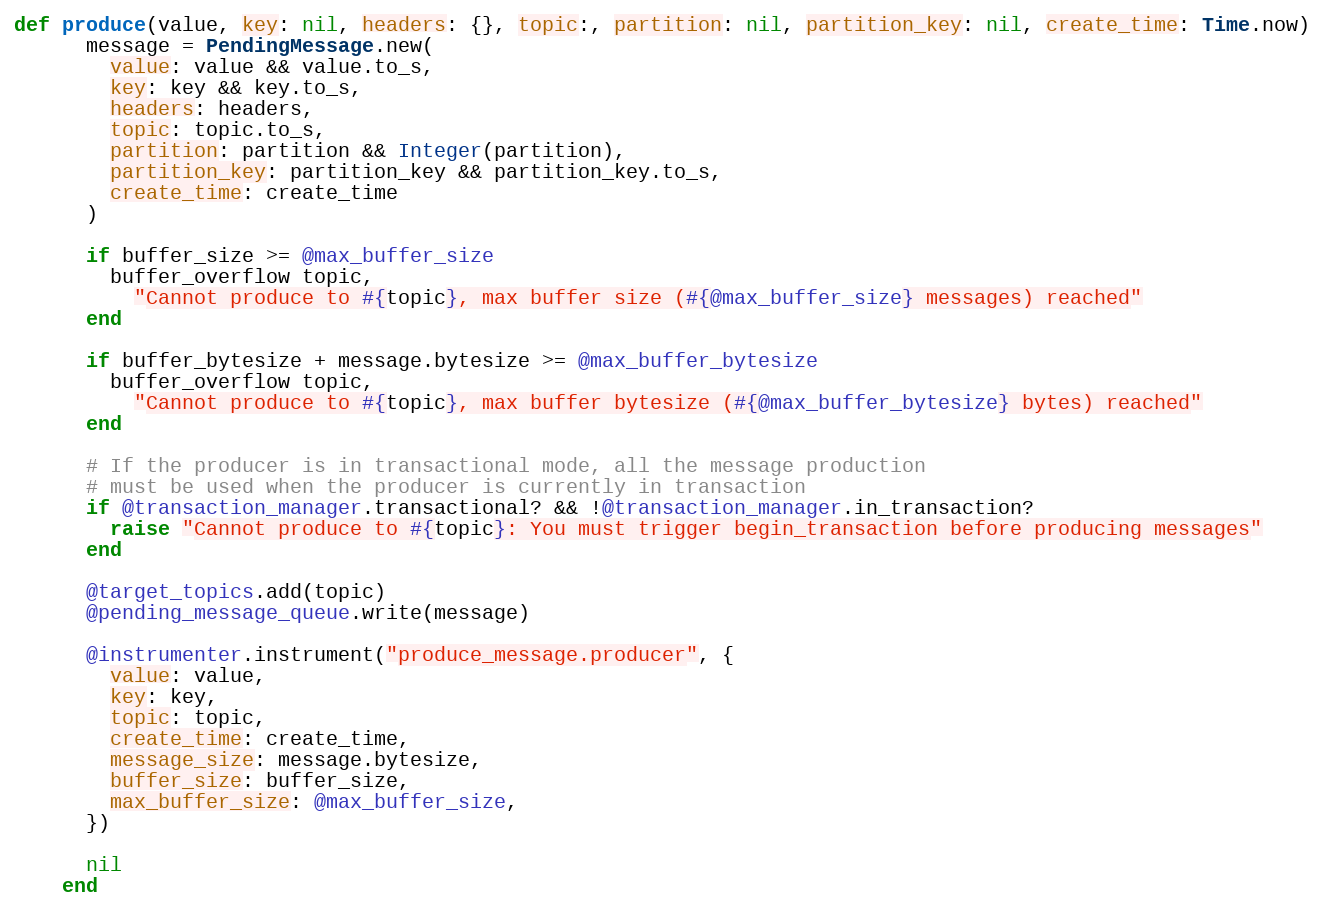
Language: Ruby
def produce(value, key: nil, headers: {}, topic:, partition: nil, partition_key: nil, create_time: Time.now)
      message = PendingMessage.new(
        value: value && value.to_s,
        key: key && key.to_s,
        headers: headers,
        topic: topic.to_s,
        partition: partition && Integer(partition),
        partition_key: partition_key && partition_key.to_s,
        create_time: create_time
      )

      if buffer_size >= @max_buffer_size
        buffer_overflow topic,
          "Cannot produce to #{topic}, max buffer size (#{@max_buffer_size} messages) reached"
      end

      if buffer_bytesize + message.bytesize >= @max_buffer_bytesize
        buffer_overflow topic,
          "Cannot produce to #{topic}, max buffer bytesize (#{@max_buffer_bytesize} bytes) reached"
      end

      # If the producer is in transactional mode, all the message production
      # must be used when the producer is currently in transaction
      if @transaction_manager.transactional? && !@transaction_manager.in_transaction?
        raise "Cannot produce to #{topic}: You must trigger begin_transaction before producing messages"
      end

      @target_topics.add(topic)
      @pending_message_queue.write(message)

      @instrumenter.instrument("produce_message.producer", {
        value: value,
        key: key,
        topic: topic,
        create_time: create_time,
        message_size: message.bytesize,
        buffer_size: buffer_size,
        max_buffer_size: @max_buffer_size,
      })

      nil
    end